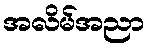
အလိမ်အညာ